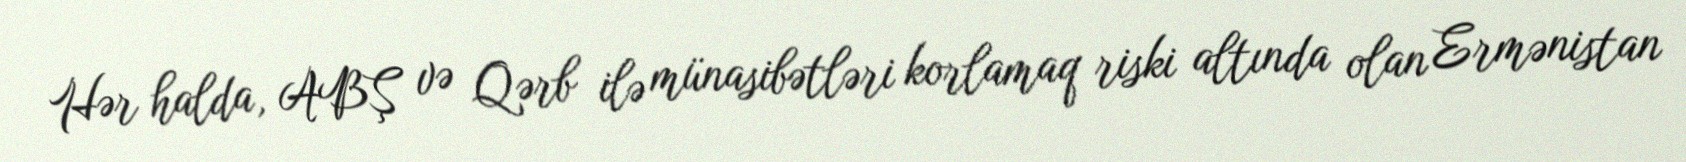
Hər halda, ABŞ və Qərb ilə münasibətləri korlamaq riski altında olan Ermənistan